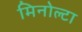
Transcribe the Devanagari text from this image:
मिनोल्टा